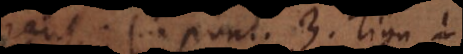
haut 1. poul. 3. lign..